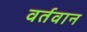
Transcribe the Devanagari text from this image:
वर्तवान